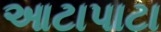
આટાપાટા